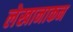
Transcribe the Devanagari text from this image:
लेखानाकन